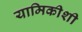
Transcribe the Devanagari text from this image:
यामिकीशी